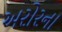
અરોરના